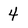
Character: 4